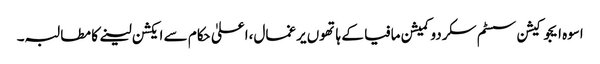
اسوہ ایجوکیشن سسٹم سکردو کمیشن مافیا کے ہاتھوں یرغمال،اعلیٰ حکام سے ایکشن لینے کا مطالبہ۔